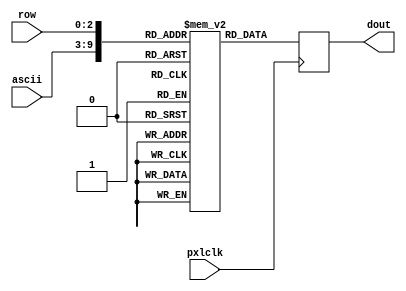
module character_generator (
    input pxlclk,
	input [6:0] ascii,
	input [2:0] row,
	output reg [7:0] dout
);

reg [7:0] char_rom [0:1023];

	initial begin
	// 0x00
	char_rom[   0] = 8'h00; //                 
	char_rom[   1] = 8'h00; //                 
	char_rom[   2] = 8'h00; //                 
	char_rom[   3] = 8'h00; //                 
	char_rom[   4] = 8'h00; //                 
	char_rom[   5] = 8'h00; //                 
	char_rom[   6] = 8'h00; //                 
	char_rom[   7] = 8'h00; //                 

	// 0x01
	char_rom[   8] = 8'h00; //                 
	char_rom[   9] = 8'h00; //                 
	char_rom[  10] = 8'h00; //                 
	char_rom[  11] = 8'h00; //                 
	char_rom[  12] = 8'h00; //                 
	char_rom[  13] = 8'h00; //                 
	char_rom[  14] = 8'h00; //                 
	char_rom[  15] = 8'h00; //                 

	// 0x02
	char_rom[  16] = 8'h00; //                 
	char_rom[  17] = 8'h00; //                 
	char_rom[  18] = 8'h00; //                 
	char_rom[  19] = 8'h00; //                 
	char_rom[  20] = 8'h00; //                 
	char_rom[  21] = 8'h00; //                 
	char_rom[  22] = 8'h00; //                 
	char_rom[  23] = 8'h00; //                 

	// 0x03
	char_rom[  24] = 8'h00; //                 
	char_rom[  25] = 8'h00; //                 
	char_rom[  26] = 8'h00; //                 
	char_rom[  27] = 8'h00; //                 
	char_rom[  28] = 8'h00; //                 
	char_rom[  29] = 8'h00; //                 
	char_rom[  30] = 8'h00; //                 
	char_rom[  31] = 8'h00; //                 

	// 0x04
	char_rom[  32] = 8'h00; //                 
	char_rom[  33] = 8'h00; //                 
	char_rom[  34] = 8'h00; //                 
	char_rom[  35] = 8'h00; //                 
	char_rom[  36] = 8'h00; //                 
	char_rom[  37] = 8'h00; //                 
	char_rom[  38] = 8'h00; //                 
	char_rom[  39] = 8'h00; //                 

	// 0x05
	char_rom[  40] = 8'h00; //                 
	char_rom[  41] = 8'h00; //                 
	char_rom[  42] = 8'h00; //                 
	char_rom[  43] = 8'h00; //                 
	char_rom[  44] = 8'h00; //                 
	char_rom[  45] = 8'h00; //                 
	char_rom[  46] = 8'h00; //                 
	char_rom[  47] = 8'h00; //                 

	// 0x06
	char_rom[  48] = 8'h00; //                 
	char_rom[  49] = 8'h00; //                 
	char_rom[  50] = 8'h00; //                 
	char_rom[  51] = 8'h00; //                 
	char_rom[  52] = 8'h00; //                 
	char_rom[  53] = 8'h00; //                 
	char_rom[  54] = 8'h00; //                 
	char_rom[  55] = 8'h00; //                 

	// 0x07
	char_rom[  56] = 8'h00; //                 
	char_rom[  57] = 8'h00; //                 
	char_rom[  58] = 8'h00; //                 
	char_rom[  59] = 8'h00; //                 
	char_rom[  60] = 8'h00; //                 
	char_rom[  61] = 8'h00; //                 
	char_rom[  62] = 8'h00; //                 
	char_rom[  63] = 8'h00; //                 

	// 0x08
	char_rom[  64] = 8'h00; //                 
	char_rom[  65] = 8'h00; //                 
	char_rom[  66] = 8'h00; //                 
	char_rom[  67] = 8'h00; //                 
	char_rom[  68] = 8'h00; //                 
	char_rom[  69] = 8'h00; //                 
	char_rom[  70] = 8'h00; //                 
	char_rom[  71] = 8'h00; //                 

	// 0x09
	char_rom[  72] = 8'h00; //                 
	char_rom[  73] = 8'h00; //                 
	char_rom[  74] = 8'h00; //                 
	char_rom[  75] = 8'h00; //                 
	char_rom[  76] = 8'h00; //                 
	char_rom[  77] = 8'h00; //                 
	char_rom[  78] = 8'h00; //                 
	char_rom[  79] = 8'h00; //                 

	// 0x0a
	char_rom[  80] = 8'h00; //                 
	char_rom[  81] = 8'h00; //                 
	char_rom[  82] = 8'h00; //                 
	char_rom[  83] = 8'h00; //                 
	char_rom[  84] = 8'h00; //                 
	char_rom[  85] = 8'h00; //                 
	char_rom[  86] = 8'h00; //                 
	char_rom[  87] = 8'h00; //                 

	// 0x0b
	char_rom[  88] = 8'h00; //                 
	char_rom[  89] = 8'h00; //                 
	char_rom[  90] = 8'h00; //                 
	char_rom[  91] = 8'h00; //                 
	char_rom[  92] = 8'h00; //                 
	char_rom[  93] = 8'h00; //                 
	char_rom[  94] = 8'h00; //                 
	char_rom[  95] = 8'h00; //                 

	// 0x0c
	char_rom[  96] = 8'h00; //                 
	char_rom[  97] = 8'h00; //                 
	char_rom[  98] = 8'h00; //                 
	char_rom[  99] = 8'h00; //                 
	char_rom[ 100] = 8'h00; //                 
	char_rom[ 101] = 8'h00; //                 
	char_rom[ 102] = 8'h00; //                 
	char_rom[ 103] = 8'h00; //                 

	// 0x0d
	char_rom[ 104] = 8'h00; //                 
	char_rom[ 105] = 8'h00; //                 
	char_rom[ 106] = 8'h00; //                 
	char_rom[ 107] = 8'h00; //                 
	char_rom[ 108] = 8'h00; //                 
	char_rom[ 109] = 8'h00; //                 
	char_rom[ 110] = 8'h00; //                 
	char_rom[ 111] = 8'h00; //                 

	// 0x0e
	char_rom[ 112] = 8'h00; //                 
	char_rom[ 113] = 8'h00; //                 
	char_rom[ 114] = 8'h00; //                 
	char_rom[ 115] = 8'h00; //                 
	char_rom[ 116] = 8'h00; //                 
	char_rom[ 117] = 8'h00; //                 
	char_rom[ 118] = 8'h00; //                 
	char_rom[ 119] = 8'h00; //                 

	// 0x0f
	char_rom[ 120] = 8'h00; //                 
	char_rom[ 121] = 8'h00; //                 
	char_rom[ 122] = 8'h00; //                 
	char_rom[ 123] = 8'h00; //                 
	char_rom[ 124] = 8'h00; //                 
	char_rom[ 125] = 8'h00; //                 
	char_rom[ 126] = 8'h00; //                 
	char_rom[ 127] = 8'h00; //                 

	// 0x10
	char_rom[ 128] = 8'h00; //                 
	char_rom[ 129] = 8'h00; //                 
	char_rom[ 130] = 8'h00; //                 
	char_rom[ 131] = 8'h00; //                 
	char_rom[ 132] = 8'h00; //                 
	char_rom[ 133] = 8'h00; //                 
	char_rom[ 134] = 8'h00; //                 
	char_rom[ 135] = 8'h00; //                 

	// 0x11
	char_rom[ 136] = 8'h00; //                 
	char_rom[ 137] = 8'h00; //                 
	char_rom[ 138] = 8'h00; //                 
	char_rom[ 139] = 8'h00; //                 
	char_rom[ 140] = 8'h00; //                 
	char_rom[ 141] = 8'h00; //                 
	char_rom[ 142] = 8'h00; //                 
	char_rom[ 143] = 8'h00; //                 

	// 0x12
	char_rom[ 144] = 8'h00; //                 
	char_rom[ 145] = 8'h00; //                 
	char_rom[ 146] = 8'h00; //                 
	char_rom[ 147] = 8'h00; //                 
	char_rom[ 148] = 8'h00; //                 
	char_rom[ 149] = 8'h00; //                 
	char_rom[ 150] = 8'h00; //                 
	char_rom[ 151] = 8'h00; //                 

	// 0x13
	char_rom[ 152] = 8'h00; //                 
	char_rom[ 153] = 8'h00; //                 
	char_rom[ 154] = 8'h00; //                 
	char_rom[ 155] = 8'h00; //                 
	char_rom[ 156] = 8'h00; //                 
	char_rom[ 157] = 8'h00; //                 
	char_rom[ 158] = 8'h00; //                 
	char_rom[ 159] = 8'h00; //                 

	// 0x14
	char_rom[ 160] = 8'h00; //                 
	char_rom[ 161] = 8'h00; //                 
	char_rom[ 162] = 8'h00; //                 
	char_rom[ 163] = 8'h00; //                 
	char_rom[ 164] = 8'h00; //                 
	char_rom[ 165] = 8'h00; //                 
	char_rom[ 166] = 8'h00; //                 
	char_rom[ 167] = 8'h00; //                 

	// 0x15
	char_rom[ 168] = 8'h00; //                 
	char_rom[ 169] = 8'h00; //                 
	char_rom[ 170] = 8'h00; //                 
	char_rom[ 171] = 8'h00; //                 
	char_rom[ 172] = 8'h00; //                 
	char_rom[ 173] = 8'h00; //                 
	char_rom[ 174] = 8'h00; //                 
	char_rom[ 175] = 8'h00; //                 

	// 0x16
	char_rom[ 176] = 8'h00; //                 
	char_rom[ 177] = 8'h00; //                 
	char_rom[ 178] = 8'h00; //                 
	char_rom[ 179] = 8'h00; //                 
	char_rom[ 180] = 8'h00; //                 
	char_rom[ 181] = 8'h00; //                 
	char_rom[ 182] = 8'h00; //                 
	char_rom[ 183] = 8'h00; //                 

	// 0x17
	char_rom[ 184] = 8'h00; //                 
	char_rom[ 185] = 8'h00; //                 
	char_rom[ 186] = 8'h00; //                 
	char_rom[ 187] = 8'h00; //                 
	char_rom[ 188] = 8'h00; //                 
	char_rom[ 189] = 8'h00; //                 
	char_rom[ 190] = 8'h00; //                 
	char_rom[ 191] = 8'h00; //                 

	// 0x18
	char_rom[ 192] = 8'h00; //                 
	char_rom[ 193] = 8'h00; //                 
	char_rom[ 194] = 8'h00; //                 
	char_rom[ 195] = 8'h00; //                 
	char_rom[ 196] = 8'h00; //                 
	char_rom[ 197] = 8'h00; //                 
	char_rom[ 198] = 8'h00; //                 
	char_rom[ 199] = 8'h00; //                 

	// 0x19
	char_rom[ 200] = 8'h00; //                 
	char_rom[ 201] = 8'h00; //                 
	char_rom[ 202] = 8'h00; //                 
	char_rom[ 203] = 8'h00; //                 
	char_rom[ 204] = 8'h00; //                 
	char_rom[ 205] = 8'h00; //                 
	char_rom[ 206] = 8'h00; //                 
	char_rom[ 207] = 8'h00; //                 

	// 0x1a
	char_rom[ 208] = 8'h00; //                 
	char_rom[ 209] = 8'h00; //                 
	char_rom[ 210] = 8'h00; //                 
	char_rom[ 211] = 8'h00; //                 
	char_rom[ 212] = 8'h00; //                 
	char_rom[ 213] = 8'h00; //                 
	char_rom[ 214] = 8'h00; //                 
	char_rom[ 215] = 8'h00; //                 

	// 0x1b
	char_rom[ 216] = 8'h00; //                 
	char_rom[ 217] = 8'h00; //                 
	char_rom[ 218] = 8'h00; //                 
	char_rom[ 219] = 8'h00; //                 
	char_rom[ 220] = 8'h00; //                 
	char_rom[ 221] = 8'h00; //                 
	char_rom[ 222] = 8'h00; //                 
	char_rom[ 223] = 8'h00; //                 

	// 0x1c
	char_rom[ 224] = 8'h00; //                 
	char_rom[ 225] = 8'h00; //                 
	char_rom[ 226] = 8'h00; //                 
	char_rom[ 227] = 8'h00; //                 
	char_rom[ 228] = 8'h00; //                 
	char_rom[ 229] = 8'h00; //                 
	char_rom[ 230] = 8'h00; //                 
	char_rom[ 231] = 8'h00; //                 

	// 0x1d
	char_rom[ 232] = 8'h00; //                 
	char_rom[ 233] = 8'h00; //                 
	char_rom[ 234] = 8'h00; //                 
	char_rom[ 235] = 8'h00; //                 
	char_rom[ 236] = 8'h00; //                 
	char_rom[ 237] = 8'h00; //                 
	char_rom[ 238] = 8'h00; //                 
	char_rom[ 239] = 8'h00; //                 

	// 0x1e
	char_rom[ 240] = 8'h00; //                 
	char_rom[ 241] = 8'h00; //                 
	char_rom[ 242] = 8'h00; //                 
	char_rom[ 243] = 8'h00; //                 
	char_rom[ 244] = 8'h00; //                 
	char_rom[ 245] = 8'h00; //                 
	char_rom[ 246] = 8'h00; //                 
	char_rom[ 247] = 8'h00; //                 

	// 0x1f
	char_rom[ 248] = 8'h00; //                 
	char_rom[ 249] = 8'h00; //                 
	char_rom[ 250] = 8'h00; //                 
	char_rom[ 251] = 8'h00; //                 
	char_rom[ 252] = 8'h00; //                 
	char_rom[ 253] = 8'h00; //                 
	char_rom[ 254] = 8'h00; //                 
	char_rom[ 255] = 8'h00; //                 

	// 0x20 ' '
	char_rom[ 256] = 8'h00; //                 
	char_rom[ 257] = 8'h00; //                 
	char_rom[ 258] = 8'h00; //                 
	char_rom[ 259] = 8'h00; //                 
	char_rom[ 260] = 8'h00; //                 
	char_rom[ 261] = 8'h00; //                 
	char_rom[ 262] = 8'h00; //                 
	char_rom[ 263] = 8'h00; //                 

	// 0x21 '!'
	char_rom[ 264] = 8'h18; //       * *       
	char_rom[ 265] = 8'h3c; //     * * * *     
	char_rom[ 266] = 8'h3c; //     * * * *     
	char_rom[ 267] = 8'h18; //       * *       
	char_rom[ 268] = 8'h18; //       * *       
	char_rom[ 269] = 8'h00; //                 
	char_rom[ 270] = 8'h18; //       * *       
	char_rom[ 271] = 8'h00; //                 

	// 0x22 '"'
	char_rom[ 272] = 8'h36; //   * *   * *     
	char_rom[ 273] = 8'h36; //   * *   * *     
	char_rom[ 274] = 8'h00; //                 
	char_rom[ 275] = 8'h00; //                 
	char_rom[ 276] = 8'h00; //                 
	char_rom[ 277] = 8'h00; //                 
	char_rom[ 278] = 8'h00; //                 
	char_rom[ 279] = 8'h00; //                 

	// 0x23 '#'
	char_rom[ 280] = 8'h36; //   * *   * *     
	char_rom[ 281] = 8'h36; //   * *   * *     
	char_rom[ 282] = 8'h7f; // * * * * * * *   
	char_rom[ 283] = 8'h36; //   * *   * *     
	char_rom[ 284] = 8'h7f; // * * * * * * *   
	char_rom[ 285] = 8'h36; //   * *   * *     
	char_rom[ 286] = 8'h36; //   * *   * *     
	char_rom[ 287] = 8'h00; //                 

	// 0x24 '$'
	char_rom[ 288] = 8'h0c; //     * *         
	char_rom[ 289] = 8'h3e; //   * * * * *     
	char_rom[ 290] = 8'h03; // * *             
	char_rom[ 291] = 8'h1e; //   * * * *       
	char_rom[ 292] = 8'h30; //         * *     
	char_rom[ 293] = 8'h1f; // * * * * *       
	char_rom[ 294] = 8'h0c; //     * *         
	char_rom[ 295] = 8'h00; //                 

	// 0x25 '%'
	char_rom[ 296] = 8'h00; //                 
	char_rom[ 297] = 8'h63; // * *       * *   
	char_rom[ 298] = 8'h33; // * *     * *     
	char_rom[ 299] = 8'h18; //       * *       
	char_rom[ 300] = 8'h0c; //     * *         
	char_rom[ 301] = 8'h66; //   * *     * *   
	char_rom[ 302] = 8'h63; // * *       * *   
	char_rom[ 303] = 8'h00; //                 

	// 0x26 '&'
	char_rom[ 304] = 8'h1c; //     * * *       
	char_rom[ 305] = 8'h36; //   * *   * *     
	char_rom[ 306] = 8'h1c; //     * * *       
	char_rom[ 307] = 8'h6e; //   * * *   * *   
	char_rom[ 308] = 8'h3b; // * *   * * *     
	char_rom[ 309] = 8'h33; // * *     * *     
	char_rom[ 310] = 8'h6e; //   * * *   * *   
	char_rom[ 311] = 8'h00; //                 

	// 0x27 '''
	char_rom[ 312] = 8'h06; //   * *           
	char_rom[ 313] = 8'h06; //   * *           
	char_rom[ 314] = 8'h03; // * *             
	char_rom[ 315] = 8'h00; //                 
	char_rom[ 316] = 8'h00; //                 
	char_rom[ 317] = 8'h00; //                 
	char_rom[ 318] = 8'h00; //                 
	char_rom[ 319] = 8'h00; //                 

	// 0x28 '('
	char_rom[ 320] = 8'h18; //       * *       
	char_rom[ 321] = 8'h0c; //     * *         
	char_rom[ 322] = 8'h06; //   * *           
	char_rom[ 323] = 8'h06; //   * *           
	char_rom[ 324] = 8'h06; //   * *           
	char_rom[ 325] = 8'h0c; //     * *         
	char_rom[ 326] = 8'h18; //       * *       
	char_rom[ 327] = 8'h00; //                 

	// 0x29 ')'
	char_rom[ 328] = 8'h06; //   * *           
	char_rom[ 329] = 8'h0c; //     * *         
	char_rom[ 330] = 8'h18; //       * *       
	char_rom[ 331] = 8'h18; //       * *       
	char_rom[ 332] = 8'h18; //       * *       
	char_rom[ 333] = 8'h0c; //     * *         
	char_rom[ 334] = 8'h06; //   * *           
	char_rom[ 335] = 8'h00; //                 

	// 0x2a '*'
	char_rom[ 336] = 8'h00; //                 
	char_rom[ 337] = 8'h66; //   * *     * *   
	char_rom[ 338] = 8'h3c; //     * * * *     
	char_rom[ 339] = 8'hff; // * * * * * * * * 
	char_rom[ 340] = 8'h3c; //     * * * *     
	char_rom[ 341] = 8'h66; //   * *     * *   
	char_rom[ 342] = 8'h00; //                 
	char_rom[ 343] = 8'h00; //                 

	// 0x2b '+'
	char_rom[ 344] = 8'h00; //                 
	char_rom[ 345] = 8'h0c; //     * *         
	char_rom[ 346] = 8'h0c; //     * *         
	char_rom[ 347] = 8'h3f; // * * * * * *     
	char_rom[ 348] = 8'h0c; //     * *         
	char_rom[ 349] = 8'h0c; //     * *         
	char_rom[ 350] = 8'h00; //                 
	char_rom[ 351] = 8'h00; //                 

	// 0x2c ','
	char_rom[ 352] = 8'h00; //                 
	char_rom[ 353] = 8'h00; //                 
	char_rom[ 354] = 8'h00; //                 
	char_rom[ 355] = 8'h00; //                 
	char_rom[ 356] = 8'h00; //                 
	char_rom[ 357] = 8'h0c; //     * *         
	char_rom[ 358] = 8'h0c; //     * *         
	char_rom[ 359] = 8'h06; //   * *           

	// 0x2d '-'
	char_rom[ 360] = 8'h00; //                 
	char_rom[ 361] = 8'h00; //                 
	char_rom[ 362] = 8'h00; //                 
	char_rom[ 363] = 8'h3f; // * * * * * *     
	char_rom[ 364] = 8'h00; //                 
	char_rom[ 365] = 8'h00; //                 
	char_rom[ 366] = 8'h00; //                 
	char_rom[ 367] = 8'h00; //                 

	// 0x2e '.'
	char_rom[ 368] = 8'h00; //                 
	char_rom[ 369] = 8'h00; //                 
	char_rom[ 370] = 8'h00; //                 
	char_rom[ 371] = 8'h00; //                 
	char_rom[ 372] = 8'h00; //                 
	char_rom[ 373] = 8'h0c; //     * *         
	char_rom[ 374] = 8'h0c; //     * *         
	char_rom[ 375] = 8'h00; //                 

	// 0x2f '/'
	char_rom[ 376] = 8'h60; //           * *   
	char_rom[ 377] = 8'h30; //         * *     
	char_rom[ 378] = 8'h18; //       * *       
	char_rom[ 379] = 8'h0c; //     * *         
	char_rom[ 380] = 8'h06; //   * *           
	char_rom[ 381] = 8'h03; // * *             
	char_rom[ 382] = 8'h01; // *               
	char_rom[ 383] = 8'h00; //                 

	// 0x30 '0'
	char_rom[ 384] = 8'h3e; //   * * * * *     
	char_rom[ 385] = 8'h63; // * *       * *   
	char_rom[ 386] = 8'h73; // * *     * * *   
	char_rom[ 387] = 8'h7b; // * *   * * * *   
	char_rom[ 388] = 8'h6f; // * * * *   * *   
	char_rom[ 389] = 8'h67; // * * *     * *   
	char_rom[ 390] = 8'h3e; //   * * * * *     
	char_rom[ 391] = 8'h00; //                 

	// 0x31 '1'
	char_rom[ 392] = 8'h0c; //     * *         
	char_rom[ 393] = 8'h0e; //   * * *         
	char_rom[ 394] = 8'h0c; //     * *         
	char_rom[ 395] = 8'h0c; //     * *         
	char_rom[ 396] = 8'h0c; //     * *         
	char_rom[ 397] = 8'h0c; //     * *         
	char_rom[ 398] = 8'h3f; // * * * * * *     
	char_rom[ 399] = 8'h00; //                 

	// 0x32 '2'
	char_rom[ 400] = 8'h1e; //   * * * *       
	char_rom[ 401] = 8'h33; // * *     * *     
	char_rom[ 402] = 8'h30; //         * *     
	char_rom[ 403] = 8'h1c; //     * * *       
	char_rom[ 404] = 8'h06; //   * *           
	char_rom[ 405] = 8'h33; // * *     * *     
	char_rom[ 406] = 8'h3f; // * * * * * *     
	char_rom[ 407] = 8'h00; //                 

	// 0x33 '3'
	char_rom[ 408] = 8'h1e; //   * * * *       
	char_rom[ 409] = 8'h33; // * *     * *     
	char_rom[ 410] = 8'h30; //         * *     
	char_rom[ 411] = 8'h1c; //     * * *       
	char_rom[ 412] = 8'h30; //         * *     
	char_rom[ 413] = 8'h33; // * *     * *     
	char_rom[ 414] = 8'h1e; //   * * * *       
	char_rom[ 415] = 8'h00; //                 

	// 0x34 '4'
	char_rom[ 416] = 8'h38; //       * * *     
	char_rom[ 417] = 8'h3c; //     * * * *     
	char_rom[ 418] = 8'h36; //   * *   * *     
	char_rom[ 419] = 8'h33; // * *     * *     
	char_rom[ 420] = 8'h7f; // * * * * * * *   
	char_rom[ 421] = 8'h30; //         * *     
	char_rom[ 422] = 8'h78; //       * * * *   
	char_rom[ 423] = 8'h00; //                 

	// 0x35 '5'
	char_rom[ 424] = 8'h3f; // * * * * * *     
	char_rom[ 425] = 8'h03; // * *             
	char_rom[ 426] = 8'h1f; // * * * * *       
	char_rom[ 427] = 8'h30; //         * *     
	char_rom[ 428] = 8'h30; //         * *     
	char_rom[ 429] = 8'h33; // * *     * *     
	char_rom[ 430] = 8'h1e; //   * * * *       
	char_rom[ 431] = 8'h00; //                 

	// 0x36 '6'
	char_rom[ 432] = 8'h1c; //     * * *       
	char_rom[ 433] = 8'h06; //   * *           
	char_rom[ 434] = 8'h03; // * *             
	char_rom[ 435] = 8'h1f; // * * * * *       
	char_rom[ 436] = 8'h33; // * *     * *     
	char_rom[ 437] = 8'h33; // * *     * *     
	char_rom[ 438] = 8'h1e; //   * * * *       
	char_rom[ 439] = 8'h00; //                 

	// 0x37 '7'
	char_rom[ 440] = 8'h3f; // * * * * * *     
	char_rom[ 441] = 8'h33; // * *     * *     
	char_rom[ 442] = 8'h30; //         * *     
	char_rom[ 443] = 8'h18; //       * *       
	char_rom[ 444] = 8'h0c; //     * *         
	char_rom[ 445] = 8'h0c; //     * *         
	char_rom[ 446] = 8'h0c; //     * *         
	char_rom[ 447] = 8'h00; //                 

	// 0x38 '8'
	char_rom[ 448] = 8'h1e; //   * * * *       
	char_rom[ 449] = 8'h33; // * *     * *     
	char_rom[ 450] = 8'h33; // * *     * *     
	char_rom[ 451] = 8'h1e; //   * * * *       
	char_rom[ 452] = 8'h33; // * *     * *     
	char_rom[ 453] = 8'h33; // * *     * *     
	char_rom[ 454] = 8'h1e; //   * * * *       
	char_rom[ 455] = 8'h00; //                 

	// 0x39 '9'
	char_rom[ 456] = 8'h1e; //   * * * *       
	char_rom[ 457] = 8'h33; // * *     * *     
	char_rom[ 458] = 8'h33; // * *     * *     
	char_rom[ 459] = 8'h3e; //   * * * * *     
	char_rom[ 460] = 8'h30; //         * *     
	char_rom[ 461] = 8'h18; //       * *       
	char_rom[ 462] = 8'h0e; //   * * *         
	char_rom[ 463] = 8'h00; //                 

	// 0x3a ':'
	char_rom[ 464] = 8'h00; //                 
	char_rom[ 465] = 8'h0c; //     * *         
	char_rom[ 466] = 8'h0c; //     * *         
	char_rom[ 467] = 8'h00; //                 
	char_rom[ 468] = 8'h00; //                 
	char_rom[ 469] = 8'h0c; //     * *         
	char_rom[ 470] = 8'h0c; //     * *         
	char_rom[ 471] = 8'h00; //                 

	// 0x3b ';'
	char_rom[ 472] = 8'h00; //                 
	char_rom[ 473] = 8'h0c; //     * *         
	char_rom[ 474] = 8'h0c; //     * *         
	char_rom[ 475] = 8'h00; //                 
	char_rom[ 476] = 8'h00; //                 
	char_rom[ 477] = 8'h0c; //     * *         
	char_rom[ 478] = 8'h0c; //     * *         
	char_rom[ 479] = 8'h06; //   * *           

	// 0x3c '<'
	char_rom[ 480] = 8'h18; //       * *       
	char_rom[ 481] = 8'h0c; //     * *         
	char_rom[ 482] = 8'h06; //   * *           
	char_rom[ 483] = 8'h03; // * *             
	char_rom[ 484] = 8'h06; //   * *           
	char_rom[ 485] = 8'h0c; //     * *         
	char_rom[ 486] = 8'h18; //       * *       
	char_rom[ 487] = 8'h00; //                 

	// 0x3d '='
	char_rom[ 488] = 8'h00; //                 
	char_rom[ 489] = 8'h00; //                 
	char_rom[ 490] = 8'h3f; // * * * * * *     
	char_rom[ 491] = 8'h00; //                 
	char_rom[ 492] = 8'h00; //                 
	char_rom[ 493] = 8'h3f; // * * * * * *     
	char_rom[ 494] = 8'h00; //                 
	char_rom[ 495] = 8'h00; //                 

	// 0x3e '>'
	char_rom[ 496] = 8'h06; //   * *           
	char_rom[ 497] = 8'h0c; //     * *         
	char_rom[ 498] = 8'h18; //       * *       
	char_rom[ 499] = 8'h30; //         * *     
	char_rom[ 500] = 8'h18; //       * *       
	char_rom[ 501] = 8'h0c; //     * *         
	char_rom[ 502] = 8'h06; //   * *           
	char_rom[ 503] = 8'h00; //                 

	// 0x3f '?'
	char_rom[ 504] = 8'h1e; //   * * * *       
	char_rom[ 505] = 8'h33; // * *     * *     
	char_rom[ 506] = 8'h30; //         * *     
	char_rom[ 507] = 8'h18; //       * *       
	char_rom[ 508] = 8'h0c; //     * *         
	char_rom[ 509] = 8'h00; //                 
	char_rom[ 510] = 8'h0c; //     * *         
	char_rom[ 511] = 8'h00; //                 

	// 0x40 '@'
	char_rom[ 512] = 8'h3e; //   * * * * *     
	char_rom[ 513] = 8'h63; // * *       * *   
	char_rom[ 514] = 8'h7b; // * *   * * * *   
	char_rom[ 515] = 8'h7b; // * *   * * * *   
	char_rom[ 516] = 8'h7b; // * *   * * * *   
	char_rom[ 517] = 8'h03; // * *             
	char_rom[ 518] = 8'h1e; //   * * * *       
	char_rom[ 519] = 8'h00; //                 

	// 0x41 'A'
	char_rom[ 520] = 8'h0c; //     * *         
	char_rom[ 521] = 8'h1e; //   * * * *       
	char_rom[ 522] = 8'h33; // * *     * *     
	char_rom[ 523] = 8'h33; // * *     * *     
	char_rom[ 524] = 8'h3f; // * * * * * *     
	char_rom[ 525] = 8'h33; // * *     * *     
	char_rom[ 526] = 8'h33; // * *     * *     
	char_rom[ 527] = 8'h00; //                 

	// 0x42 'B'
	char_rom[ 528] = 8'h3f; // * * * * * *     
	char_rom[ 529] = 8'h66; //   * *     * *   
	char_rom[ 530] = 8'h66; //   * *     * *   
	char_rom[ 531] = 8'h3e; //   * * * * *     
	char_rom[ 532] = 8'h66; //   * *     * *   
	char_rom[ 533] = 8'h66; //   * *     * *   
	char_rom[ 534] = 8'h3f; // * * * * * *     
	char_rom[ 535] = 8'h00; //                 

	// 0x43 'C'
	char_rom[ 536] = 8'h3c; //     * * * *     
	char_rom[ 537] = 8'h66; //   * *     * *   
	char_rom[ 538] = 8'h03; // * *             
	char_rom[ 539] = 8'h03; // * *             
	char_rom[ 540] = 8'h03; // * *             
	char_rom[ 541] = 8'h66; //   * *     * *   
	char_rom[ 542] = 8'h3c; //     * * * *     
	char_rom[ 543] = 8'h00; //                 

	// 0x44 'D'
	char_rom[ 544] = 8'h1f; // * * * * *       
	char_rom[ 545] = 8'h36; //   * *   * *     
	char_rom[ 546] = 8'h66; //   * *     * *   
	char_rom[ 547] = 8'h66; //   * *     * *   
	char_rom[ 548] = 8'h66; //   * *     * *   
	char_rom[ 549] = 8'h36; //   * *   * *     
	char_rom[ 550] = 8'h1f; // * * * * *       
	char_rom[ 551] = 8'h00; //                 

	// 0x45 'E'
	char_rom[ 552] = 8'h7f; // * * * * * * *   
	char_rom[ 553] = 8'h46; //   * *       *   
	char_rom[ 554] = 8'h16; //   * *   *       
	char_rom[ 555] = 8'h1e; //   * * * *       
	char_rom[ 556] = 8'h16; //   * *   *       
	char_rom[ 557] = 8'h46; //   * *       *   
	char_rom[ 558] = 8'h7f; // * * * * * * *   
	char_rom[ 559] = 8'h00; //                 

	// 0x46 'F'
	char_rom[ 560] = 8'h7f; // * * * * * * *   
	char_rom[ 561] = 8'h46; //   * *       *   
	char_rom[ 562] = 8'h16; //   * *   *       
	char_rom[ 563] = 8'h1e; //   * * * *       
	char_rom[ 564] = 8'h16; //   * *   *       
	char_rom[ 565] = 8'h06; //   * *           
	char_rom[ 566] = 8'h0f; // * * * *         
	char_rom[ 567] = 8'h00; //                 

	// 0x47 'G'
	char_rom[ 568] = 8'h3c; //     * * * *     
	char_rom[ 569] = 8'h66; //   * *     * *   
	char_rom[ 570] = 8'h03; // * *             
	char_rom[ 571] = 8'h03; // * *             
	char_rom[ 572] = 8'h73; // * *     * * *   
	char_rom[ 573] = 8'h66; //   * *     * *   
	char_rom[ 574] = 8'h7c; //     * * * * *   
	char_rom[ 575] = 8'h00; //                 

	// 0x48 'H'
	char_rom[ 576] = 8'h33; // * *     * *     
	char_rom[ 577] = 8'h33; // * *     * *     
	char_rom[ 578] = 8'h33; // * *     * *     
	char_rom[ 579] = 8'h3f; // * * * * * *     
	char_rom[ 580] = 8'h33; // * *     * *     
	char_rom[ 581] = 8'h33; // * *     * *     
	char_rom[ 582] = 8'h33; // * *     * *     
	char_rom[ 583] = 8'h00; //                 

	// 0x49 'I'
	char_rom[ 584] = 8'h1e; //   * * * *       
	char_rom[ 585] = 8'h0c; //     * *         
	char_rom[ 586] = 8'h0c; //     * *         
	char_rom[ 587] = 8'h0c; //     * *         
	char_rom[ 588] = 8'h0c; //     * *         
	char_rom[ 589] = 8'h0c; //     * *         
	char_rom[ 590] = 8'h1e; //   * * * *       
	char_rom[ 591] = 8'h00; //                 

	// 0x4a 'J'
	char_rom[ 592] = 8'h78; //       * * * *   
	char_rom[ 593] = 8'h30; //         * *     
	char_rom[ 594] = 8'h30; //         * *     
	char_rom[ 595] = 8'h30; //         * *     
	char_rom[ 596] = 8'h33; // * *     * *     
	char_rom[ 597] = 8'h33; // * *     * *     
	char_rom[ 598] = 8'h1e; //   * * * *       
	char_rom[ 599] = 8'h00; //                 

	// 0x4b 'K'
	char_rom[ 600] = 8'h67; // * * *     * *   
	char_rom[ 601] = 8'h66; //   * *     * *   
	char_rom[ 602] = 8'h36; //   * *   * *     
	char_rom[ 603] = 8'h1e; //   * * * *       
	char_rom[ 604] = 8'h36; //   * *   * *     
	char_rom[ 605] = 8'h66; //   * *     * *   
	char_rom[ 606] = 8'h67; // * * *     * *   
	char_rom[ 607] = 8'h00; //                 

	// 0x4c 'L'
	char_rom[ 608] = 8'h0f; // * * * *         
	char_rom[ 609] = 8'h06; //   * *           
	char_rom[ 610] = 8'h06; //   * *           
	char_rom[ 611] = 8'h06; //   * *           
	char_rom[ 612] = 8'h46; //   * *       *   
	char_rom[ 613] = 8'h66; //   * *     * *   
	char_rom[ 614] = 8'h7f; // * * * * * * *   
	char_rom[ 615] = 8'h00; //                 

	// 0x4d 'M'
	char_rom[ 616] = 8'h63; // * *       * *   
	char_rom[ 617] = 8'h77; // * * *   * * *   
	char_rom[ 618] = 8'h7f; // * * * * * * *   
	char_rom[ 619] = 8'h7f; // * * * * * * *   
	char_rom[ 620] = 8'h6b; // * *   *   * *   
	char_rom[ 621] = 8'h63; // * *       * *   
	char_rom[ 622] = 8'h63; // * *       * *   
	char_rom[ 623] = 8'h00; //                 

	// 0x4e 'N'
	char_rom[ 624] = 8'h63; // * *       * *   
	char_rom[ 625] = 8'h67; // * * *     * *   
	char_rom[ 626] = 8'h6f; // * * * *   * *   
	char_rom[ 627] = 8'h7b; // * *   * * * *   
	char_rom[ 628] = 8'h73; // * *     * * *   
	char_rom[ 629] = 8'h63; // * *       * *   
	char_rom[ 630] = 8'h63; // * *       * *   
	char_rom[ 631] = 8'h00; //                 

	// 0x4f 'O'
	char_rom[ 632] = 8'h1c; //     * * *       
	char_rom[ 633] = 8'h36; //   * *   * *     
	char_rom[ 634] = 8'h63; // * *       * *   
	char_rom[ 635] = 8'h63; // * *       * *   
	char_rom[ 636] = 8'h63; // * *       * *   
	char_rom[ 637] = 8'h36; //   * *   * *     
	char_rom[ 638] = 8'h1c; //     * * *       
	char_rom[ 639] = 8'h00; //                 

	// 0x50 'P'
	char_rom[ 640] = 8'h3f; // * * * * * *     
	char_rom[ 641] = 8'h66; //   * *     * *   
	char_rom[ 642] = 8'h66; //   * *     * *   
	char_rom[ 643] = 8'h3e; //   * * * * *     
	char_rom[ 644] = 8'h06; //   * *           
	char_rom[ 645] = 8'h06; //   * *           
	char_rom[ 646] = 8'h0f; // * * * *         
	char_rom[ 647] = 8'h00; //                 

	// 0x51 'Q'
	char_rom[ 648] = 8'h1e; //   * * * *       
	char_rom[ 649] = 8'h33; // * *     * *     
	char_rom[ 650] = 8'h33; // * *     * *     
	char_rom[ 651] = 8'h33; // * *     * *     
	char_rom[ 652] = 8'h3b; // * *   * * *     
	char_rom[ 653] = 8'h1e; //   * * * *       
	char_rom[ 654] = 8'h38; //       * * *     
	char_rom[ 655] = 8'h00; //                 

	// 0x52 'R'
	char_rom[ 656] = 8'h3f; // * * * * * *     
	char_rom[ 657] = 8'h66; //   * *     * *   
	char_rom[ 658] = 8'h66; //   * *     * *   
	char_rom[ 659] = 8'h3e; //   * * * * *     
	char_rom[ 660] = 8'h36; //   * *   * *     
	char_rom[ 661] = 8'h66; //   * *     * *   
	char_rom[ 662] = 8'h67; // * * *     * *   
	char_rom[ 663] = 8'h00; //                 

	// 0x53 'S'
	char_rom[ 664] = 8'h1e; //   * * * *       
	char_rom[ 665] = 8'h33; // * *     * *     
	char_rom[ 666] = 8'h07; // * * *           
	char_rom[ 667] = 8'h0e; //   * * *         
	char_rom[ 668] = 8'h38; //       * * *     
	char_rom[ 669] = 8'h33; // * *     * *     
	char_rom[ 670] = 8'h1e; //   * * * *       
	char_rom[ 671] = 8'h00; //                 

	// 0x54 'T'
	char_rom[ 672] = 8'h3f; // * * * * * *     
	char_rom[ 673] = 8'h2d; // *   * *   *     
	char_rom[ 674] = 8'h0c; //     * *         
	char_rom[ 675] = 8'h0c; //     * *         
	char_rom[ 676] = 8'h0c; //     * *         
	char_rom[ 677] = 8'h0c; //     * *         
	char_rom[ 678] = 8'h1e; //   * * * *       
	char_rom[ 679] = 8'h00; //                 

	// 0x55 'U'
	char_rom[ 680] = 8'h33; // * *     * *     
	char_rom[ 681] = 8'h33; // * *     * *     
	char_rom[ 682] = 8'h33; // * *     * *     
	char_rom[ 683] = 8'h33; // * *     * *     
	char_rom[ 684] = 8'h33; // * *     * *     
	char_rom[ 685] = 8'h33; // * *     * *     
	char_rom[ 686] = 8'h3f; // * * * * * *     
	char_rom[ 687] = 8'h00; //                 

	// 0x56 'V'
	char_rom[ 688] = 8'h33; // * *     * *     
	char_rom[ 689] = 8'h33; // * *     * *     
	char_rom[ 690] = 8'h33; // * *     * *     
	char_rom[ 691] = 8'h33; // * *     * *     
	char_rom[ 692] = 8'h33; // * *     * *     
	char_rom[ 693] = 8'h1e; //   * * * *       
	char_rom[ 694] = 8'h0c; //     * *         
	char_rom[ 695] = 8'h00; //                 

	// 0x57 'W'
	char_rom[ 696] = 8'h63; // * *       * *   
	char_rom[ 697] = 8'h63; // * *       * *   
	char_rom[ 698] = 8'h63; // * *       * *   
	char_rom[ 699] = 8'h6b; // * *   *   * *   
	char_rom[ 700] = 8'h7f; // * * * * * * *   
	char_rom[ 701] = 8'h77; // * * *   * * *   
	char_rom[ 702] = 8'h63; // * *       * *   
	char_rom[ 703] = 8'h00; //                 

	// 0x58 'X'
	char_rom[ 704] = 8'h63; // * *       * *   
	char_rom[ 705] = 8'h63; // * *       * *   
	char_rom[ 706] = 8'h36; //   * *   * *     
	char_rom[ 707] = 8'h1c; //     * * *       
	char_rom[ 708] = 8'h1c; //     * * *       
	char_rom[ 709] = 8'h36; //   * *   * *     
	char_rom[ 710] = 8'h63; // * *       * *   
	char_rom[ 711] = 8'h00; //                 

	// 0x59 'Y'
	char_rom[ 712] = 8'h33; // * *     * *     
	char_rom[ 713] = 8'h33; // * *     * *     
	char_rom[ 714] = 8'h33; // * *     * *     
	char_rom[ 715] = 8'h1e; //   * * * *       
	char_rom[ 716] = 8'h0c; //     * *         
	char_rom[ 717] = 8'h0c; //     * *         
	char_rom[ 718] = 8'h1e; //   * * * *       
	char_rom[ 719] = 8'h00; //                 

	// 0x5a 'Z'
	char_rom[ 720] = 8'h7f; // * * * * * * *   
	char_rom[ 721] = 8'h63; // * *       * *   
	char_rom[ 722] = 8'h31; // *       * *     
	char_rom[ 723] = 8'h18; //       * *       
	char_rom[ 724] = 8'h4c; //     * *     *   
	char_rom[ 725] = 8'h66; //   * *     * *   
	char_rom[ 726] = 8'h7f; // * * * * * * *   
	char_rom[ 727] = 8'h00; //                 

	// 0x5b '['
	char_rom[ 728] = 8'h1e; //   * * * *       
	char_rom[ 729] = 8'h06; //   * *           
	char_rom[ 730] = 8'h06; //   * *           
	char_rom[ 731] = 8'h06; //   * *           
	char_rom[ 732] = 8'h06; //   * *           
	char_rom[ 733] = 8'h06; //   * *           
	char_rom[ 734] = 8'h1e; //   * * * *       
	char_rom[ 735] = 8'h00; //                 

	// 0x5c '\'
	char_rom[ 736] = 8'h03; // * *             
	char_rom[ 737] = 8'h06; //   * *           
	char_rom[ 738] = 8'h0c; //     * *         
	char_rom[ 739] = 8'h18; //       * *       
	char_rom[ 740] = 8'h30; //         * *     
	char_rom[ 741] = 8'h60; //           * *   
	char_rom[ 742] = 8'h40; //             *   
	char_rom[ 743] = 8'h00; //                 

	// 0x5d ']'
	char_rom[ 744] = 8'h1e; //   * * * *       
	char_rom[ 745] = 8'h18; //       * *       
	char_rom[ 746] = 8'h18; //       * *       
	char_rom[ 747] = 8'h18; //       * *       
	char_rom[ 748] = 8'h18; //       * *       
	char_rom[ 749] = 8'h18; //       * *       
	char_rom[ 750] = 8'h1e; //   * * * *       
	char_rom[ 751] = 8'h00; //                 

	// 0x5e '^'
	char_rom[ 752] = 8'h08; //       *         
	char_rom[ 753] = 8'h1c; //     * * *       
	char_rom[ 754] = 8'h36; //   * *   * *     
	char_rom[ 755] = 8'h63; // * *       * *   
	char_rom[ 756] = 8'h00; //                 
	char_rom[ 757] = 8'h00; //                 
	char_rom[ 758] = 8'h00; //                 
	char_rom[ 759] = 8'h00; //                 

	// 0x5f '_'
	char_rom[ 760] = 8'h00; //                 
	char_rom[ 761] = 8'h00; //                 
	char_rom[ 762] = 8'h00; //                 
	char_rom[ 763] = 8'h00; //                 
	char_rom[ 764] = 8'h00; //                 
	char_rom[ 765] = 8'h00; //                 
	char_rom[ 766] = 8'h00; //                 
	char_rom[ 767] = 8'hff; // * * * * * * * * 

	// 0x60 '`'
	char_rom[ 768] = 8'h0c; //     * *         
	char_rom[ 769] = 8'h0c; //     * *         
	char_rom[ 770] = 8'h18; //       * *       
	char_rom[ 771] = 8'h00; //                 
	char_rom[ 772] = 8'h00; //                 
	char_rom[ 773] = 8'h00; //                 
	char_rom[ 774] = 8'h00; //                 
	char_rom[ 775] = 8'h00; //                 

	// 0x61 'a'
	char_rom[ 776] = 8'h00; //                 
	char_rom[ 777] = 8'h00; //                 
	char_rom[ 778] = 8'h1e; //   * * * *       
	char_rom[ 779] = 8'h30; //         * *     
	char_rom[ 780] = 8'h3e; //   * * * * *     
	char_rom[ 781] = 8'h33; // * *     * *     
	char_rom[ 782] = 8'h6e; //   * * *   * *   
	char_rom[ 783] = 8'h00; //                 

	// 0x62 'b'
	char_rom[ 784] = 8'h07; // * * *           
	char_rom[ 785] = 8'h06; //   * *           
	char_rom[ 786] = 8'h06; //   * *           
	char_rom[ 787] = 8'h3e; //   * * * * *     
	char_rom[ 788] = 8'h66; //   * *     * *   
	char_rom[ 789] = 8'h66; //   * *     * *   
	char_rom[ 790] = 8'h3b; // * *   * * *     
	char_rom[ 791] = 8'h00; //                 

	// 0x63 'c'
	char_rom[ 792] = 8'h00; //                 
	char_rom[ 793] = 8'h00; //                 
	char_rom[ 794] = 8'h1e; //   * * * *       
	char_rom[ 795] = 8'h33; // * *     * *     
	char_rom[ 796] = 8'h03; // * *             
	char_rom[ 797] = 8'h33; // * *     * *     
	char_rom[ 798] = 8'h1e; //   * * * *       
	char_rom[ 799] = 8'h00; //                 

	// 0x64 'd'
	char_rom[ 800] = 8'h38; //       * * *     
	char_rom[ 801] = 8'h30; //         * *     
	char_rom[ 802] = 8'h30; //         * *     
	char_rom[ 803] = 8'h3e; //   * * * * *     
	char_rom[ 804] = 8'h33; // * *     * *     
	char_rom[ 805] = 8'h33; // * *     * *     
	char_rom[ 806] = 8'h6e; //   * * *   * *   
	char_rom[ 807] = 8'h00; //                 

	// 0x65 'e'
	char_rom[ 808] = 8'h00; //                 
	char_rom[ 809] = 8'h00; //                 
	char_rom[ 810] = 8'h1e; //   * * * *       
	char_rom[ 811] = 8'h33; // * *     * *     
	char_rom[ 812] = 8'h3f; // * * * * * *     
	char_rom[ 813] = 8'h03; // * *             
	char_rom[ 814] = 8'h1e; //   * * * *       
	char_rom[ 815] = 8'h00; //                 

	// 0x66 'f'
	char_rom[ 816] = 8'h1c; //     * * *       
	char_rom[ 817] = 8'h36; //   * *   * *     
	char_rom[ 818] = 8'h06; //   * *           
	char_rom[ 819] = 8'h0f; // * * * *         
	char_rom[ 820] = 8'h06; //   * *           
	char_rom[ 821] = 8'h06; //   * *           
	char_rom[ 822] = 8'h0f; // * * * *         
	char_rom[ 823] = 8'h00; //                 

	// 0x67 'g'
	char_rom[ 824] = 8'h00; //                 
	char_rom[ 825] = 8'h00; //                 
	char_rom[ 826] = 8'h6e; //   * * *   * *   
	char_rom[ 827] = 8'h33; // * *     * *     
	char_rom[ 828] = 8'h33; // * *     * *     
	char_rom[ 829] = 8'h3e; //   * * * * *     
	char_rom[ 830] = 8'h30; //         * *     
	char_rom[ 831] = 8'h1f; // * * * * *       

	// 0x68 'h'
	char_rom[ 832] = 8'h07; // * * *           
	char_rom[ 833] = 8'h06; //   * *           
	char_rom[ 834] = 8'h36; //   * *   * *     
	char_rom[ 835] = 8'h6e; //   * * *   * *   
	char_rom[ 836] = 8'h66; //   * *     * *   
	char_rom[ 837] = 8'h66; //   * *     * *   
	char_rom[ 838] = 8'h67; // * * *     * *   
	char_rom[ 839] = 8'h00; //                 

	// 0x69 'i'
	char_rom[ 840] = 8'h0c; //     * *         
	char_rom[ 841] = 8'h00; //                 
	char_rom[ 842] = 8'h0e; //   * * *         
	char_rom[ 843] = 8'h0c; //     * *         
	char_rom[ 844] = 8'h0c; //     * *         
	char_rom[ 845] = 8'h0c; //     * *         
	char_rom[ 846] = 8'h1e; //   * * * *       
	char_rom[ 847] = 8'h00; //                 

	// 0x6a 'j'
	char_rom[ 848] = 8'h30; //         * *     
	char_rom[ 849] = 8'h00; //                 
	char_rom[ 850] = 8'h30; //         * *     
	char_rom[ 851] = 8'h30; //         * *     
	char_rom[ 852] = 8'h30; //         * *     
	char_rom[ 853] = 8'h33; // * *     * *     
	char_rom[ 854] = 8'h33; // * *     * *     
	char_rom[ 855] = 8'h1e; //   * * * *       

	// 0x6b 'k'
	char_rom[ 856] = 8'h07; // * * *           
	char_rom[ 857] = 8'h06; //   * *           
	char_rom[ 858] = 8'h66; //   * *     * *   
	char_rom[ 859] = 8'h36; //   * *   * *     
	char_rom[ 860] = 8'h1e; //   * * * *       
	char_rom[ 861] = 8'h36; //   * *   * *     
	char_rom[ 862] = 8'h67; // * * *     * *   
	char_rom[ 863] = 8'h00; //                 

	// 0x6c 'l'
	char_rom[ 864] = 8'h0e; //   * * *         
	char_rom[ 865] = 8'h0c; //     * *         
	char_rom[ 866] = 8'h0c; //     * *         
	char_rom[ 867] = 8'h0c; //     * *         
	char_rom[ 868] = 8'h0c; //     * *         
	char_rom[ 869] = 8'h0c; //     * *         
	char_rom[ 870] = 8'h1e; //   * * * *       
	char_rom[ 871] = 8'h00; //                 

	// 0x6d 'm'
	char_rom[ 872] = 8'h00; //                 
	char_rom[ 873] = 8'h00; //                 
	char_rom[ 874] = 8'h33; // * *     * *     
	char_rom[ 875] = 8'h7f; // * * * * * * *   
	char_rom[ 876] = 8'h7f; // * * * * * * *   
	char_rom[ 877] = 8'h6b; // * *   *   * *   
	char_rom[ 878] = 8'h63; // * *       * *   
	char_rom[ 879] = 8'h00; //                 

	// 0x6e 'n'
	char_rom[ 880] = 8'h00; //                 
	char_rom[ 881] = 8'h00; //                 
	char_rom[ 882] = 8'h1f; // * * * * *       
	char_rom[ 883] = 8'h33; // * *     * *     
	char_rom[ 884] = 8'h33; // * *     * *     
	char_rom[ 885] = 8'h33; // * *     * *     
	char_rom[ 886] = 8'h33; // * *     * *     
	char_rom[ 887] = 8'h00; //                 

	// 0x6f 'o'
	char_rom[ 888] = 8'h00; //                 
	char_rom[ 889] = 8'h00; //                 
	char_rom[ 890] = 8'h1e; //   * * * *       
	char_rom[ 891] = 8'h33; // * *     * *     
	char_rom[ 892] = 8'h33; // * *     * *     
	char_rom[ 893] = 8'h33; // * *     * *     
	char_rom[ 894] = 8'h1e; //   * * * *       
	char_rom[ 895] = 8'h00; //                 

	// 0x70 'p'
	char_rom[ 896] = 8'h00; //                 
	char_rom[ 897] = 8'h00; //                 
	char_rom[ 898] = 8'h3b; // * *   * * *     
	char_rom[ 899] = 8'h66; //   * *     * *   
	char_rom[ 900] = 8'h66; //   * *     * *   
	char_rom[ 901] = 8'h3e; //   * * * * *     
	char_rom[ 902] = 8'h06; //   * *           
	char_rom[ 903] = 8'h0f; // * * * *         

	// 0x71 'q'
	char_rom[ 904] = 8'h00; //                 
	char_rom[ 905] = 8'h00; //                 
	char_rom[ 906] = 8'h6e; //   * * *   * *   
	char_rom[ 907] = 8'h33; // * *     * *     
	char_rom[ 908] = 8'h33; // * *     * *     
	char_rom[ 909] = 8'h3e; //   * * * * *     
	char_rom[ 910] = 8'h30; //         * *     
	char_rom[ 911] = 8'h78; //       * * * *   

	// 0x72 'r'
	char_rom[ 912] = 8'h00; //                 
	char_rom[ 913] = 8'h00; //                 
	char_rom[ 914] = 8'h3b; // * *   * * *     
	char_rom[ 915] = 8'h6e; //   * * *   * *   
	char_rom[ 916] = 8'h66; //   * *     * *   
	char_rom[ 917] = 8'h06; //   * *           
	char_rom[ 918] = 8'h0f; // * * * *         
	char_rom[ 919] = 8'h00; //                 

	// 0x73 's'
	char_rom[ 920] = 8'h00; //                 
	char_rom[ 921] = 8'h00; //                 
	char_rom[ 922] = 8'h3e; //   * * * * *     
	char_rom[ 923] = 8'h03; // * *             
	char_rom[ 924] = 8'h1e; //   * * * *       
	char_rom[ 925] = 8'h30; //         * *     
	char_rom[ 926] = 8'h1f; // * * * * *       
	char_rom[ 927] = 8'h00; //                 

	// 0x74 't'
	char_rom[ 928] = 8'h08; //       *         
	char_rom[ 929] = 8'h0c; //     * *         
	char_rom[ 930] = 8'h3e; //   * * * * *     
	char_rom[ 931] = 8'h0c; //     * *         
	char_rom[ 932] = 8'h0c; //     * *         
	char_rom[ 933] = 8'h2c; //     * *   *     
	char_rom[ 934] = 8'h18; //       * *       
	char_rom[ 935] = 8'h00; //                 

	// 0x75 'u'
	char_rom[ 936] = 8'h00; //                 
	char_rom[ 937] = 8'h00; //                 
	char_rom[ 938] = 8'h33; // * *     * *     
	char_rom[ 939] = 8'h33; // * *     * *     
	char_rom[ 940] = 8'h33; // * *     * *     
	char_rom[ 941] = 8'h33; // * *     * *     
	char_rom[ 942] = 8'h6e; //   * * *   * *   
	char_rom[ 943] = 8'h00; //                 

	// 0x76 'v'
	char_rom[ 944] = 8'h00; //                 
	char_rom[ 945] = 8'h00; //                 
	char_rom[ 946] = 8'h33; // * *     * *     
	char_rom[ 947] = 8'h33; // * *     * *     
	char_rom[ 948] = 8'h33; // * *     * *     
	char_rom[ 949] = 8'h1e; //   * * * *       
	char_rom[ 950] = 8'h0c; //     * *         
	char_rom[ 951] = 8'h00; //                 

	// 0x77 'w'
	char_rom[ 952] = 8'h00; //                 
	char_rom[ 953] = 8'h00; //                 
	char_rom[ 954] = 8'h63; // * *       * *   
	char_rom[ 955] = 8'h6b; // * *   *   * *   
	char_rom[ 956] = 8'h7f; // * * * * * * *   
	char_rom[ 957] = 8'h7f; // * * * * * * *   
	char_rom[ 958] = 8'h36; //   * *   * *     
	char_rom[ 959] = 8'h00; //                 

	// 0x78 'x'
	char_rom[ 960] = 8'h00; //                 
	char_rom[ 961] = 8'h00; //                 
	char_rom[ 962] = 8'h63; // * *       * *   
	char_rom[ 963] = 8'h36; //   * *   * *     
	char_rom[ 964] = 8'h1c; //     * * *       
	char_rom[ 965] = 8'h36; //   * *   * *     
	char_rom[ 966] = 8'h63; // * *       * *   
	char_rom[ 967] = 8'h00; //                 

	// 0x79 'y'
	char_rom[ 968] = 8'h00; //                 
	char_rom[ 969] = 8'h00; //                 
	char_rom[ 970] = 8'h33; // * *     * *     
	char_rom[ 971] = 8'h33; // * *     * *     
	char_rom[ 972] = 8'h33; // * *     * *     
	char_rom[ 973] = 8'h3e; //   * * * * *     
	char_rom[ 974] = 8'h30; //         * *     
	char_rom[ 975] = 8'h1f; // * * * * *       

	// 0x7a 'z'
	char_rom[ 976] = 8'h00; //                 
	char_rom[ 977] = 8'h00; //                 
	char_rom[ 978] = 8'h3f; // * * * * * *     
	char_rom[ 979] = 8'h19; // *     * *       
	char_rom[ 980] = 8'h0c; //     * *         
	char_rom[ 981] = 8'h26; //   * *     *     
	char_rom[ 982] = 8'h3f; // * * * * * *     
	char_rom[ 983] = 8'h00; //                 

	// 0x7b '{'
	char_rom[ 984] = 8'h38; //       * * *     
	char_rom[ 985] = 8'h0c; //     * *         
	char_rom[ 986] = 8'h0c; //     * *         
	char_rom[ 987] = 8'h07; // * * *           
	char_rom[ 988] = 8'h0c; //     * *         
	char_rom[ 989] = 8'h0c; //     * *         
	char_rom[ 990] = 8'h38; //       * * *     
	char_rom[ 991] = 8'h00; //                 

	// 0x7c '|'
	char_rom[ 992] = 8'h18; //       * *       
	char_rom[ 993] = 8'h18; //       * *       
	char_rom[ 994] = 8'h18; //       * *       
	char_rom[ 995] = 8'h00; //                 
	char_rom[ 996] = 8'h18; //       * *       
	char_rom[ 997] = 8'h18; //       * *       
	char_rom[ 998] = 8'h18; //       * *       
	char_rom[ 999] = 8'h00; //                 

	// 0x7d '}'
	char_rom[1000] = 8'h07; // * * *           
	char_rom[1001] = 8'h0c; //     * *         
	char_rom[1002] = 8'h0c; //     * *         
	char_rom[1003] = 8'h38; //       * * *     
	char_rom[1004] = 8'h0c; //     * *         
	char_rom[1005] = 8'h0c; //     * *         
	char_rom[1006] = 8'h07; // * * *           
	char_rom[1007] = 8'h00; //                 

	// 0x7e '~'
	char_rom[1008] = 8'h6e; //   * * *   * *   
	char_rom[1009] = 8'h3b; // * *   * * *     
	char_rom[1010] = 8'h00; //                 
	char_rom[1011] = 8'h00; //                 
	char_rom[1012] = 8'h00; //                 
	char_rom[1013] = 8'h00; //                 
	char_rom[1014] = 8'h00; //                 
	char_rom[1015] = 8'h00; //                 

	// 0x7f
	char_rom[1016] = 8'h00; //                 
	char_rom[1017] = 8'h00; //                 
	char_rom[1018] = 8'h00; //                 
	char_rom[1019] = 8'h00; //                 
	char_rom[1020] = 8'h00; //                 
	char_rom[1021] = 8'h00; //                 
	char_rom[1022] = 8'h00; //                 
	char_rom[1023] = 8'h00; //                 
end

always @(posedge pxlclk) begin
	dout <= char_rom[{ascii, row}];
end

endmodule